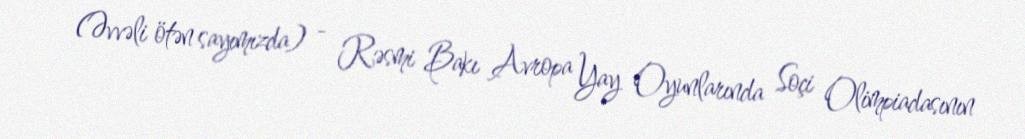
(Əvvəli ötən sayımızda) - Rəsmi Bakı Avropa Yay Oyunlarında Soçi Olimpiadasının